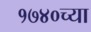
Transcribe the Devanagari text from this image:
१७४०च्या